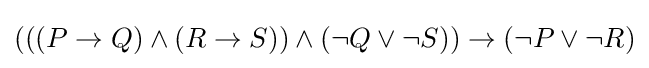
(((P\to Q)\land (R\to S))\land (\neg Q\lor \neg S))\to (\neg P\lor \neg R)